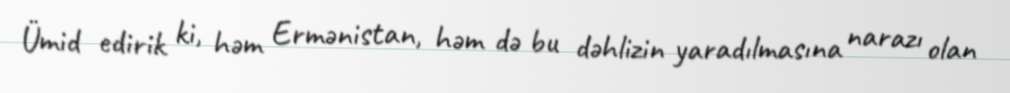
Ümid edirik ki, həm Ermənistan, həm də bu dəhlizin yaradılmasına narazı olan